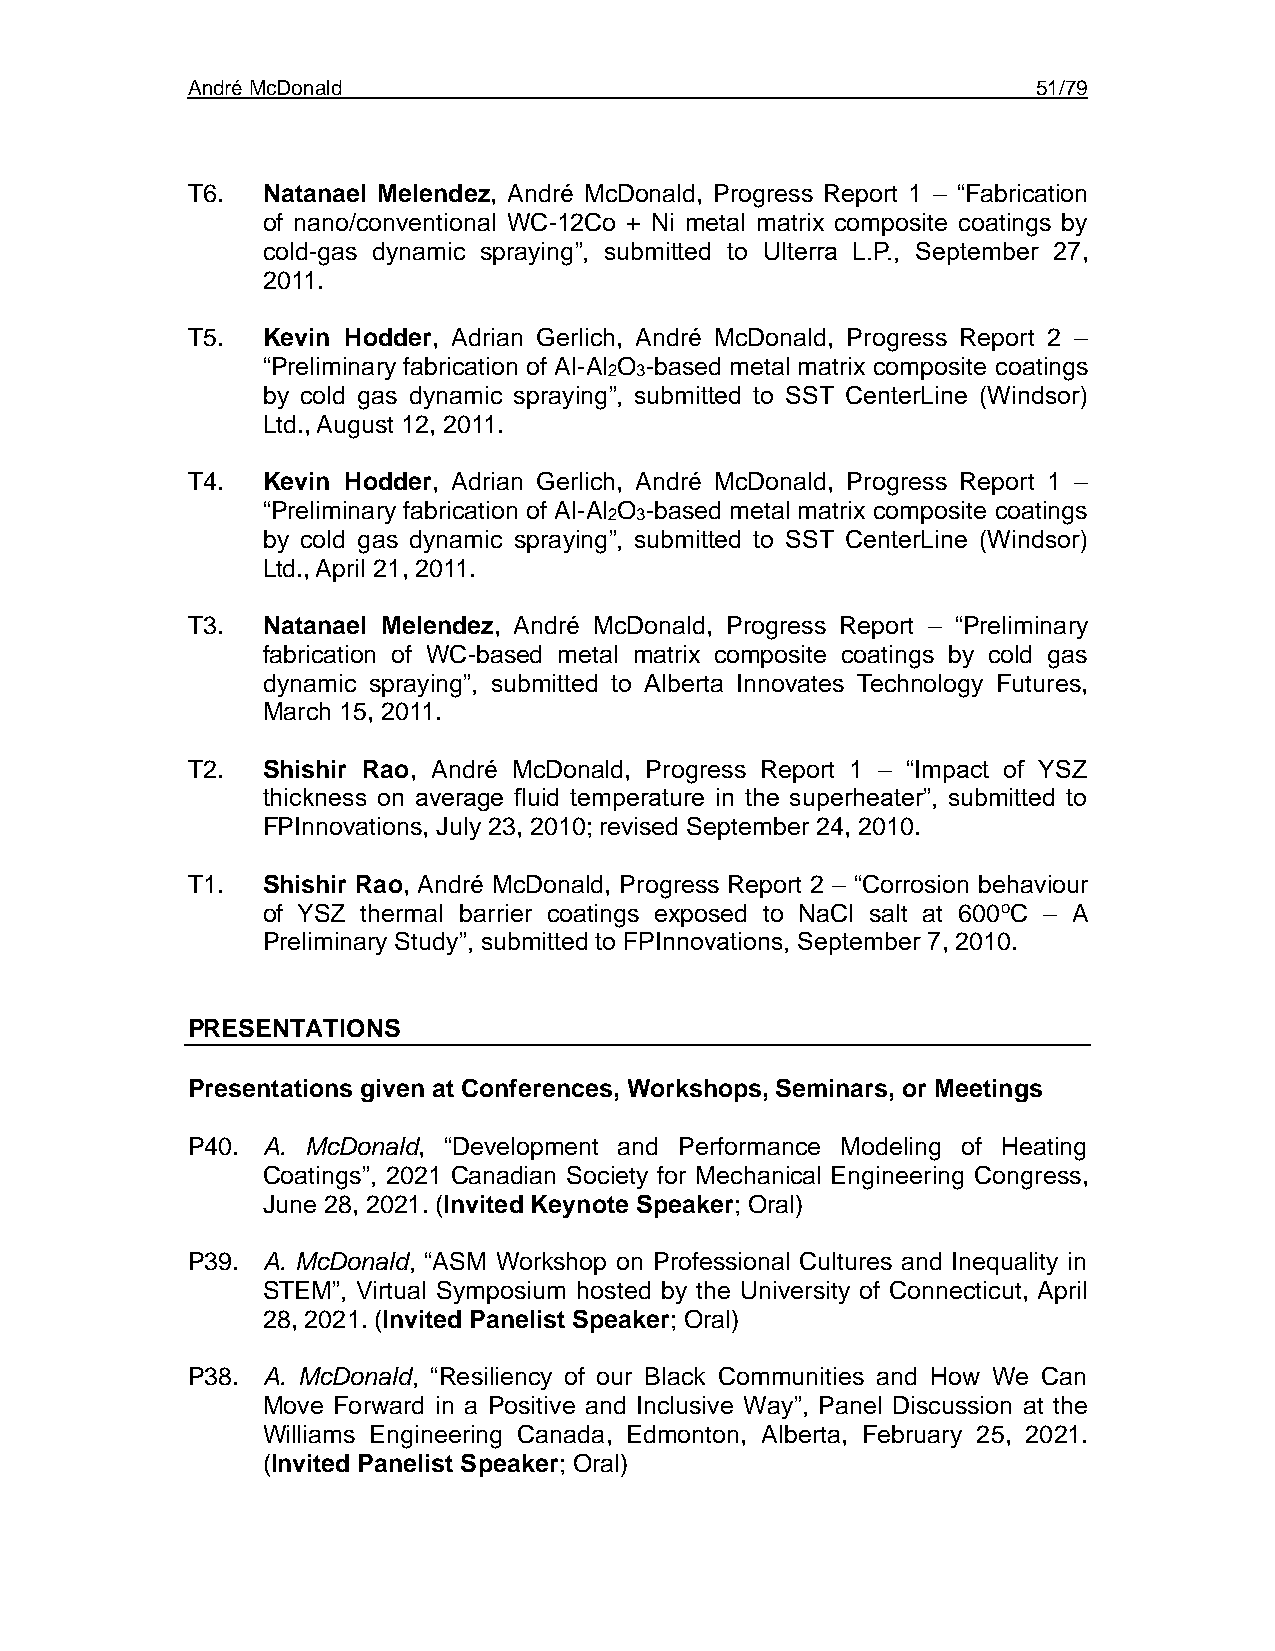
André McDonald                                           51/79
 T6.  Natanael Melendez, André McDonald, Progress Report 1 – “Fabrication
 of nano/conventional WC-12Co + Ni metal matrix composite coatings by
 cold-gas dynamic spraying”, submitted to Ulterra L.P., September 27,
 2011.
 T5.  Kevin Hodder, Adrian Gerlich, André McDonald, Progress Report 2 –
 “Preliminary fabrication of Al-Al O -based metal matrix composite coatings
 2 3
 by cold gas dynamic spraying”, submitted to SST CenterLine (Windsor)
 Ltd., August 12, 2011.
 T4.  Kevin Hodder, Adrian Gerlich, André McDonald, Progress Report 1 –
 “Preliminary fabrication of Al-Al O -based metal matrix composite coatings
 2 3
 by cold gas dynamic spraying”, submitted to SST CenterLine (Windsor)
 Ltd., April 21, 2011.
 T3.  Natanael Melendez, André McDonald, Progress Report – “Preliminary
 fabrication of WC-based metal matrix composite coatings by cold gas
 dynamic spraying”, submitted to Alberta Innovates Technology Futures,
 March 15, 2011.
 T2.  Shishir Rao, André McDonald, Progress Report 1 – “Impact of YSZ
 thickness on average fluid temperature in the superheater”, submitted to
 FPInnovations, July 23, 2010; revised September 24, 2010.
 T1.  Shishir Rao, André McDonald, Progress Report 2 – “Corrosion behaviour
 of YSZ thermal barrier coatings exposed to NaCl salt at 600oC – A
 Preliminary Study”, submitted to FPInnovations, September 7, 2010.
 PRESENTATIONS
 Presentations given at Conferences, Workshops, Seminars, or Meetings
 P40. A. McDonald, “Development and Performance Modeling of Heating
 Coatings”, 2021 Canadian Society for Mechanical Engineering Congress,
 June 28, 2021. (Invited Keynote Speaker; Oral)
 P39. A. McDonald, “ASM Workshop on Professional Cultures and Inequality in
 STEM”, Virtual Symposium hosted by the University of Connecticut, April
 28, 2021. (Invited Panelist Speaker; Oral)
 P38. A. McDonald, “Resiliency of our Black Communities and How We Can
 Move Forward in a Positive and Inclusive Way”, Panel Discussion at the
 Williams Engineering Canada, Edmonton, Alberta, February 25, 2021.
 (Invited Panelist Speaker; Oral)